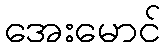
အေးမောင်